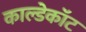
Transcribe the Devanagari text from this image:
काल्डेकॉट